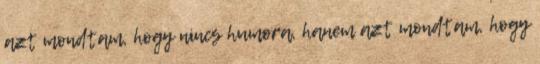
azt mondtam, hogy nincs humora, hanem azt mondtam, hogy